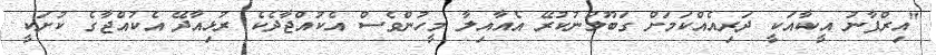
"އިރްފާނު އީކާއަކީ ދަރިއެއްކަމަށް ގަބޫލުނުކުރޭ އެއާއިލާ މީހުންވެސް އެކުއްޖާދެކެ ރުޅިއާދޭ އެކުއްޖާގެ ކުށަކީ